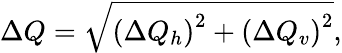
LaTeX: \Delta Q=\sqrt{\left(\Delta Q_{h}\right)^{2}+\left(\Delta Q_{v}\right)^{2}},